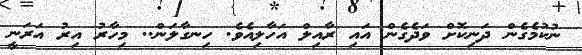
ނުކުމެގެން ދަނިކޮށް ވަދެގެން އައި ރާއިލް އަހާލިއެވެ. ހިނގާލަން.. މިހާރު އިރު އަރަނީ